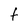
Character: t